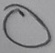
Text: O